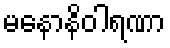
မနောနိဝါရဏာ